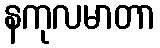
နကုလမာတာ